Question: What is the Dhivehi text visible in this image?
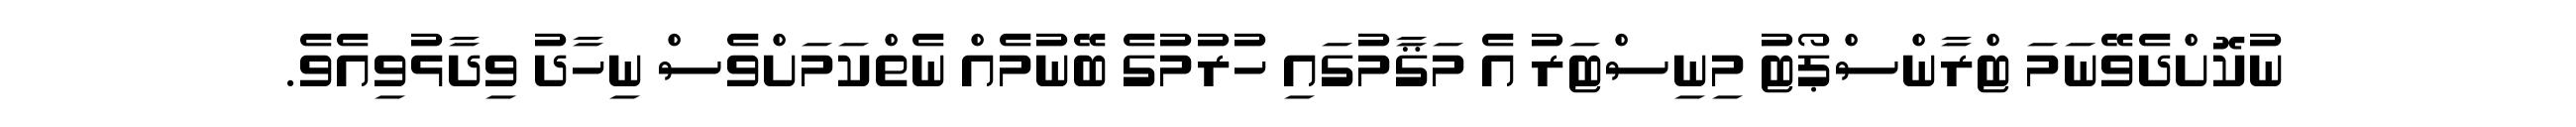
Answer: ނުކޮށްދެވޭނަމަ ޓްރާންސްޕޯޓު މިނިސްޓަރު އެ މަޤާމުގައި ހުރުމުގެ ބޭނުމެއް ނެތްކަމަށްވެސް ނިހާދު ވިދާޅުވިއެވެ.